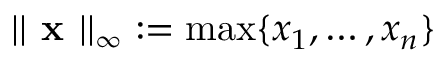
| | { \textbf { x } } | | _ { \infty } : = \operatorname* { m a x } \{ x _ { 1 } , \dots , x _ { n } \}